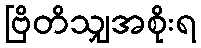
ဗြိတိသျှအစိုးရ